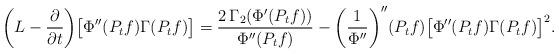
LaTeX: \begin{align*} \bigg(L-\frac{\partial}{\partial t}\bigg)\big[\Phi''(P_t f)\Gamma(P_t f)\big] =\frac{2\,\Gamma_2(\Phi'(P_t f))}{\Phi''(P_t f)} -\bigg(\frac1{\Phi''}\bigg)''(P_t f)\big[\Phi''(P_t f)\Gamma(P_t f)\big]^2. \end{align*}